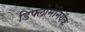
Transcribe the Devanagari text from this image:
डिफ्लोमेनियॅक